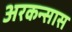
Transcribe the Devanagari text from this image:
अरकन्‍सास